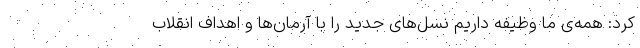
کرد: همه‌ی ما وظیفه داریم نسل‌های جدید را با آرمان‌ها و اهداف انقلاب